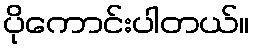
ပိုကောင်းပါတယ်။